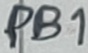
Text: PB1